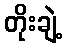
တိုးချဲ့